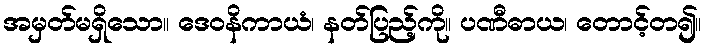
အမှတ်မရှိသော။ ဒေဝနိကာယံ၊ နတ်ပြည့်ကို။ ပဏီဓာယ၊ တောင့်တ၍။